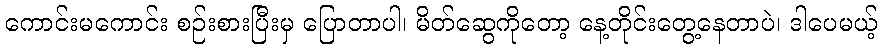
ကောင်းမကောင်း စဉ်းစားပြီးမှ ပြောတာပါ၊ မိတ်ဆွေကိုတော့ နေ့တိုင်းတွေ့နေတာပဲ၊ ဒါပေမယ့်